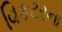
વિકટરના